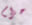
حزام